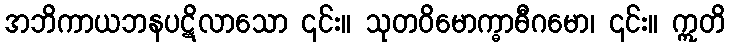
အဘိကာယဘနပဋိလာသော ၎င်း။ သုတဝိမောက္ဓာဓီဂမော၊ ၎င်း။ ဣတိ